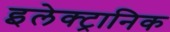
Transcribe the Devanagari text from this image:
इलेक्‍ट्रानिक